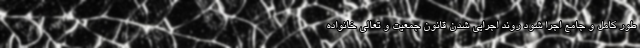
طور کامل و جامع اجرا شود روند اجرایی شدن قانون جمعیت و تعالی خانواده